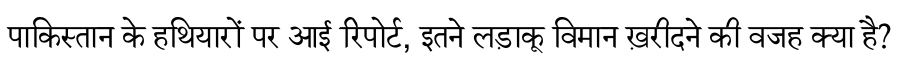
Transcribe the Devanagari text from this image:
पाकिस्तान के हथियारों पर आई रिपोर्ट, इतने लड़ाकू विमान ख़रीदने की वजह क्या है?